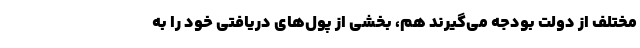
مختلف از دولت بودجه می‌گیرند هم، بخشی از پول‌های دریافتی خود را به